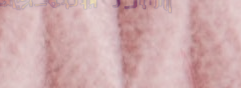
خدمات صيانة الأجهزة المنز